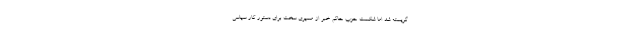
گریسته شد اما شکست حزب حاکم خبر از مسیری سخت برای دستور کار سیاسی